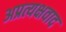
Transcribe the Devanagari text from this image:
अप्रत्यक्षवाद